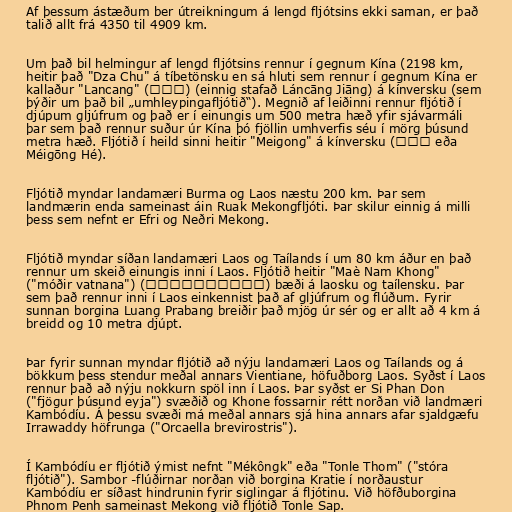
Af þessum ástæðum ber útreikningum á lengd fljótsins ekki saman, er það
talið allt frá 4350 til 4909 km.

Um það bil helmingur af lengd fljótsins rennur í gegnum Kína (2198 km,
heitir það "Dza Chu" á tíbetönsku en sá hluti sem rennur í gegnum Kína er
kallaður "Lancang" (澜沧江) (einnig stafað Láncāng Jiāng) á kínversku (sem
þýðir um það bil „umhleypingafljótið“). Megnið af leiðinni rennur fljótið í
djúpum gljúfrum og það er í einungis um 500 metra hæð yfir sjávarmáli
þar sem það rennur suður úr Kína þó fjöllin umhverfis séu í mörg þúsund
metra hæð. Fljótið í heild sinni heitir "Meigong" á kínversku (湄公河 eða
Méigōng Hé).

Fljótið myndar landamæri Burma og Laos næstu 200 km. Þar sem
landmærin enda sameinast áin Ruak Mekongfljóti. Þar skilur einnig á milli
þess sem nefnt er Efri og Neðri Mekong.

Fljótið myndar síðan landamæri Laos og Taílands í um 80 km áður en það
rennur um skeið einungis inni í Laos. Fljótið heitir "Maè Nam Khong"
("móðir vatnana") (แม่น้ำโขง) bæði á laosku og taílensku. Þar
sem það rennur inni í Laos einkennist það af gljúfrum og flúðum. Fyrir
sunnan borgina Luang Prabang breiðir það mjög úr sér og er allt að 4 km á
breidd og 10 metra djúpt.

Þar fyrir sunnan myndar fljótið að nýju landamæri Laos og Taílands og á
bökkum þess stendur meðal annars Vientiane, höfuðborg Laos. Syðst í Laos
rennur það að nýju nokkurn spöl inn í Laos. Þar syðst er Si Phan Don
("fjögur þúsund eyja") svæðið og Khone fossarnir rétt norðan við landmæri
Kambódíu. Á þessu svæði má meðal annars sjá hina annars afar sjaldgæfu
Irrawaddy höfrunga ("Orcaella brevirostris").

Í Kambódíu er fljótið ýmist nefnt "Mékôngk" eða "Tonle Thom" ("stóra
fljótið"). Sambor -flúðirnar norðan við borgina Kratie í norðaustur
Kambódíu er síðast hindrunin fyrir siglingar á fljótinu. Við höfðuborgina
Phnom Penh sameinast Mekong við fljótið Tonle Sap.